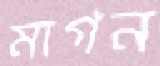
মাগন